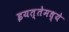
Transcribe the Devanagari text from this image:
इयत्तेमध्ये